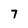
Character: 7